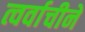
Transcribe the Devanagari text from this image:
त्वर्वाचीने